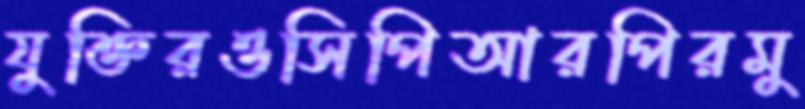
যুক্তিরওসিপিআরপিরমু